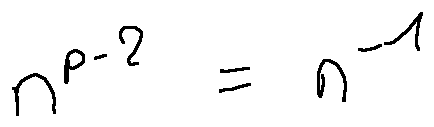
n ^ { p - 2 } = n ^ { - 1 }